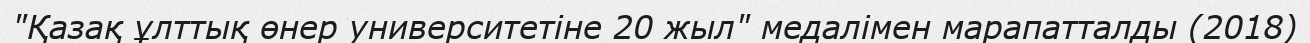
"Қазақ ұлттық өнер университетіне 20 жыл" медалімен марапатталды (2018)